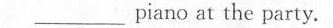
___ piano at the party.